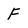
Character: F